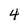
Character: 4